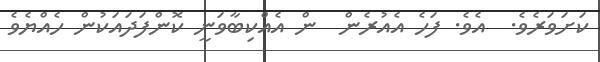
ކަށަވަރެވެ.  އެވެ. ފަހެ އެއުރެން  ން އެއްކިބާވަނީ ކޮންފަދައަކުން ހެއްޔެވެ